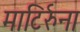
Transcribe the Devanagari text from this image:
माटिर्रुना